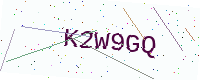
Text: K2W9GQ